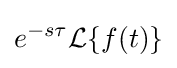
e^{-s\tau }{\mathcal {L}}\{f(t)\}